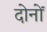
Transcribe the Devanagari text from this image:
दोनोंं